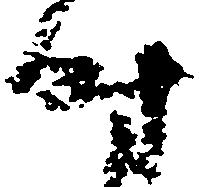
時